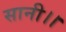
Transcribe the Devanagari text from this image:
सानी।।